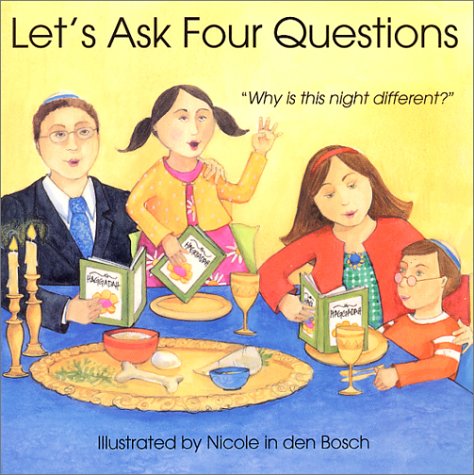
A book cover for Let's Ask Four Questions; Madeline Wikler; Religion & Spirituality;